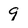
Character: 9